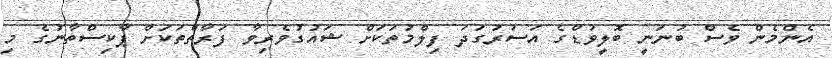
އެންމެން ވެސް ބުނަނީ ބޮލީވުޑްގެ އަސަރުގަދަ ފިލްމުތަކަށް ޝައުގުވެރިވާ ފަރާތްތަކަށް ޕާކިސްތާނުގެ މި